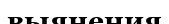
выянения